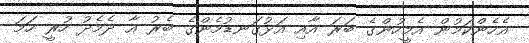
އެހެންކަމުން އެމީހުންގެ ބަރަ އާއި އަޅުގަނޑުމެންގެ ބެރު އާ ދެމެދު ހުރީ ހަމަ